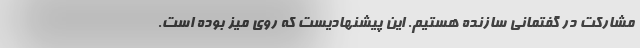
مشارکت در گفتمانی سازنده هستیم. این پیشنهادیست که روی میز بوده است.